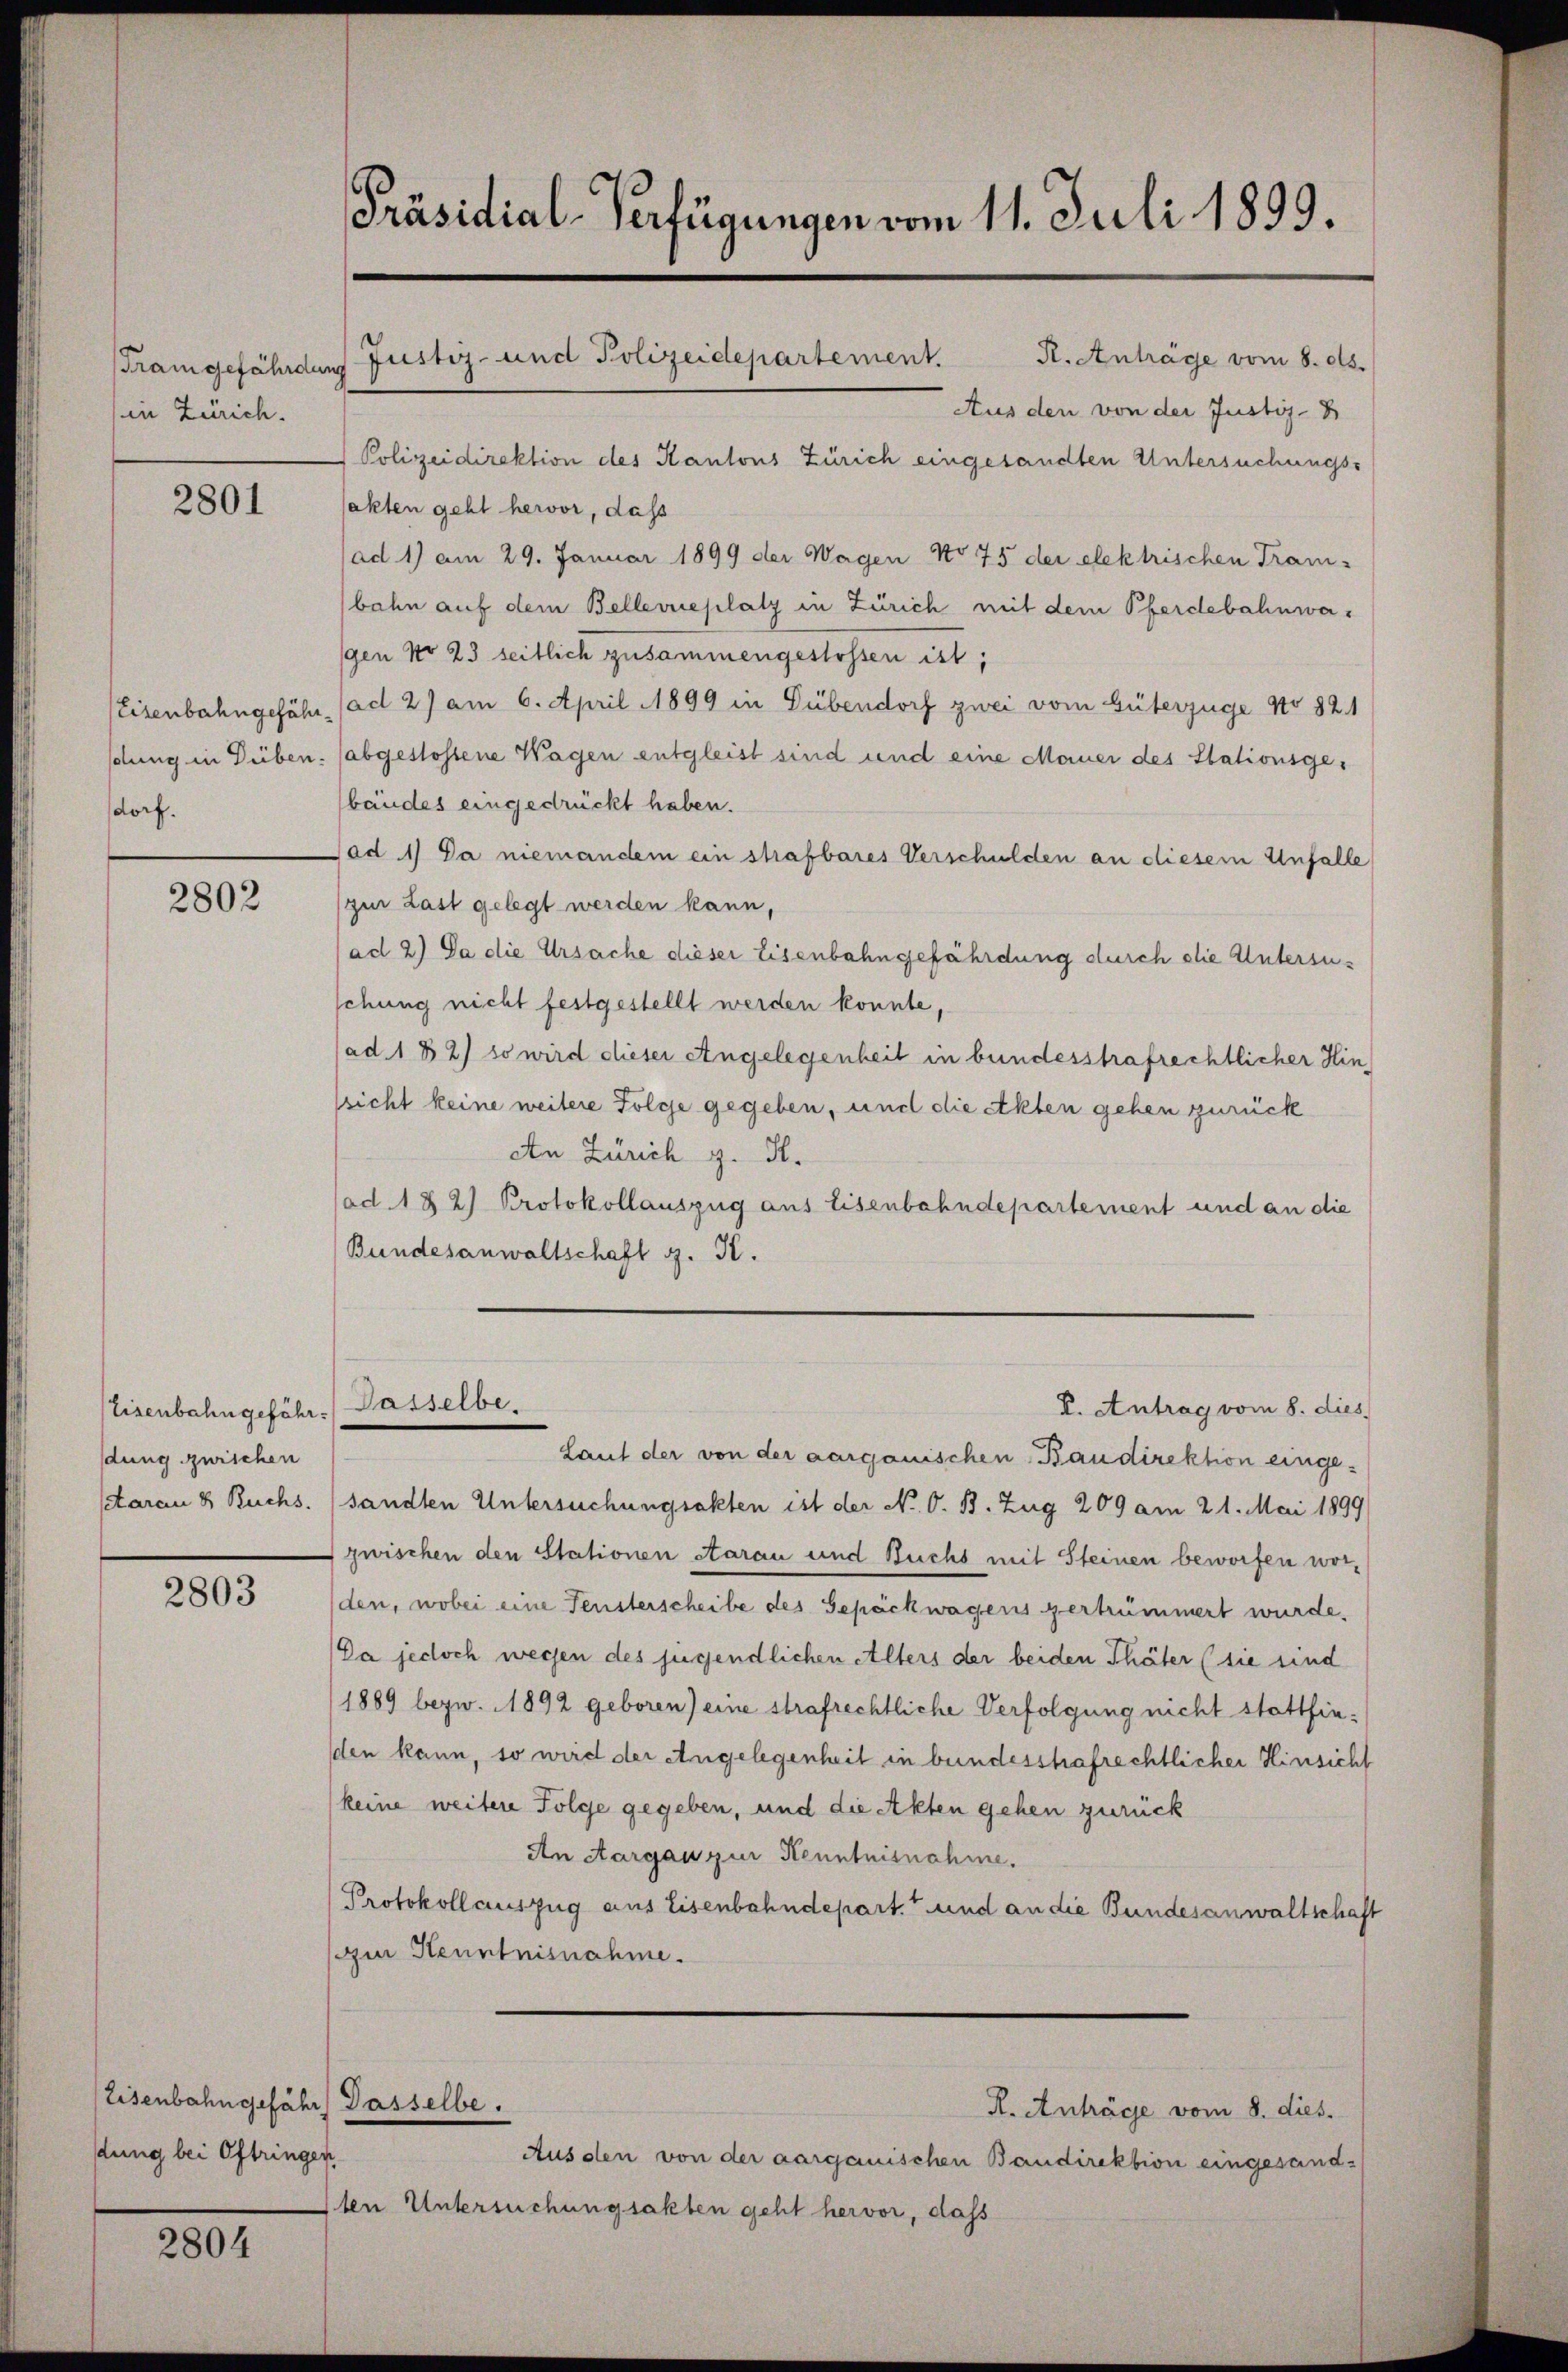
in Zürich.

2801

sdorf.

2802

Eisenbahn gefährdung gerichen
daran 8 Ruchs.

2803

Eisenbahngefähr Gasselbe.
dung bei Oftringen

2804

R. Anträge vom 8. ds.
Aus den von der Justiz-
Polizeidirektion des Kantons Zürich eingesandten Untersuchungssakten geht hervor, dass
(ad 1) am 29. Januar 1899 der Wagen No 75 der elektrischen Trani-
bahn auf dem Bellerieplatz in Zürich mit dem Pferdebahnwagen No 23 seitlich zusammengestossen ist;
Eisenbahngefähr (ad 2) am 6. April 1899 in Dübendorf zwei vom Güterzüge No 821
sdlung in Düben. abgestossene Wagen entgleist sind und eine Mauer des Stationsgebäudes eingedrückt haben.
Tad 1) Da niemandem ein strafbares Verschulden an diesem Unfalle
zur Last gelegt werden kann,
(ad 2) Da die Ursache dieser Eisenbahngefährdung durch die Untersusehung nicht festgestellt werden konnte,
ad. 182) so wird dieser Angelegenheit in bundesstrafrechtlicher Hinsicht keine weitere Folge gegeben, und die Akten gehen zurück
An Zürich z. S.
ad. 1 & 2) Protokollauszug aus Eisenbahndepartement und an die
Bundesanwaltschaft G. K.

Präsidial-Verfügungen vom 11. Juli 1899.

Tram gefährdung Justiz- und Polizeidepartement.

Dasselbe.

Lauf der von der aargauischen Baudirektion eingesandten Untersuchungsakten ist der N. O. B. Zug 209 am 21. Mai 1899
zwischen den Stationen starau und Buchs mit Steinen beworfen worden, wobei eine Fensterscheibe des Gepäckwagens vertrümmert wurde.
Da jedoch wegen des jugendlichen Alters der beiden Thäter (sie sind
1889 bezw. 1892 geboren) eine strafrechtliche Verfolgung nicht stattfinsden kann, so wird der Angelegenheit in bundesstrafrechtlicher Hinsicht
keine weitere Folge gegeben, und die Akten gehen zurück
An Aargau zur Kenntnisnahme.
Protokollauszug aus Eisenbahndepart. 7 und an die Bundesanwaltschaft
i Kenntnisnahme.
R. Anträge vom 8. dies.
Aus den von der aargauischen Baudirektion eingesand¬
Iten Untersuchungsakten geht hervor, dass

V. Antrag vom 8. dies